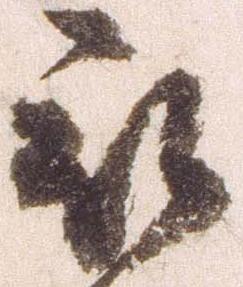
被